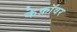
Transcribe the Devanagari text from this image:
केफ़ॉवर